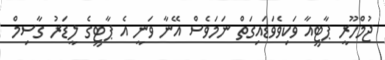
ޖުމްހޫރީ ޕާޓީއާ ވަކިވެވަޑައިގަތް ނަމަވެސް އޭނާ ވަނީ އެ ޕާޓީގެ ލީޑަރު ގާސިމް